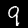
Digit: 9